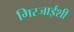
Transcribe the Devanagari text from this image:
गिरजाईशी